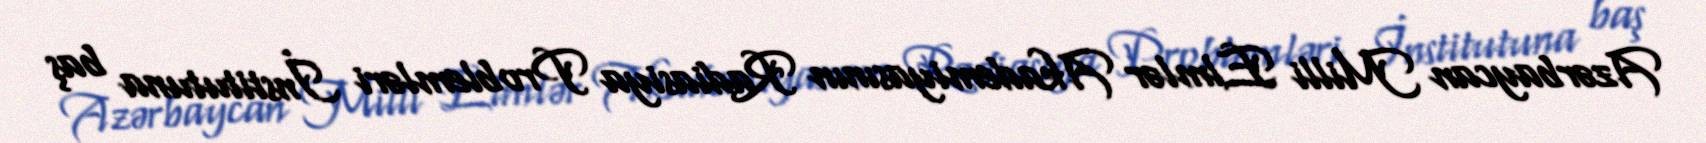
Azərbaycan Milli Elmlər Akademiyasının Radiasiya Problemləri İnstitutuna baş